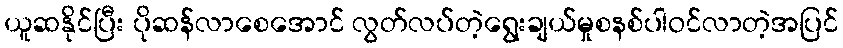
ယူဆနိုင်ပြီး ပိုဆန်လာစေအောင် လွတ်လပ်တဲ့ရွေးချယ်မှုစနစ်ပါဝင်လာတဲ့အပြင်